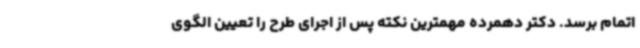
اتمام برسد. دکتر دهمرده مهمترین نکته پس از اجرای طرح را تعیین الگوی